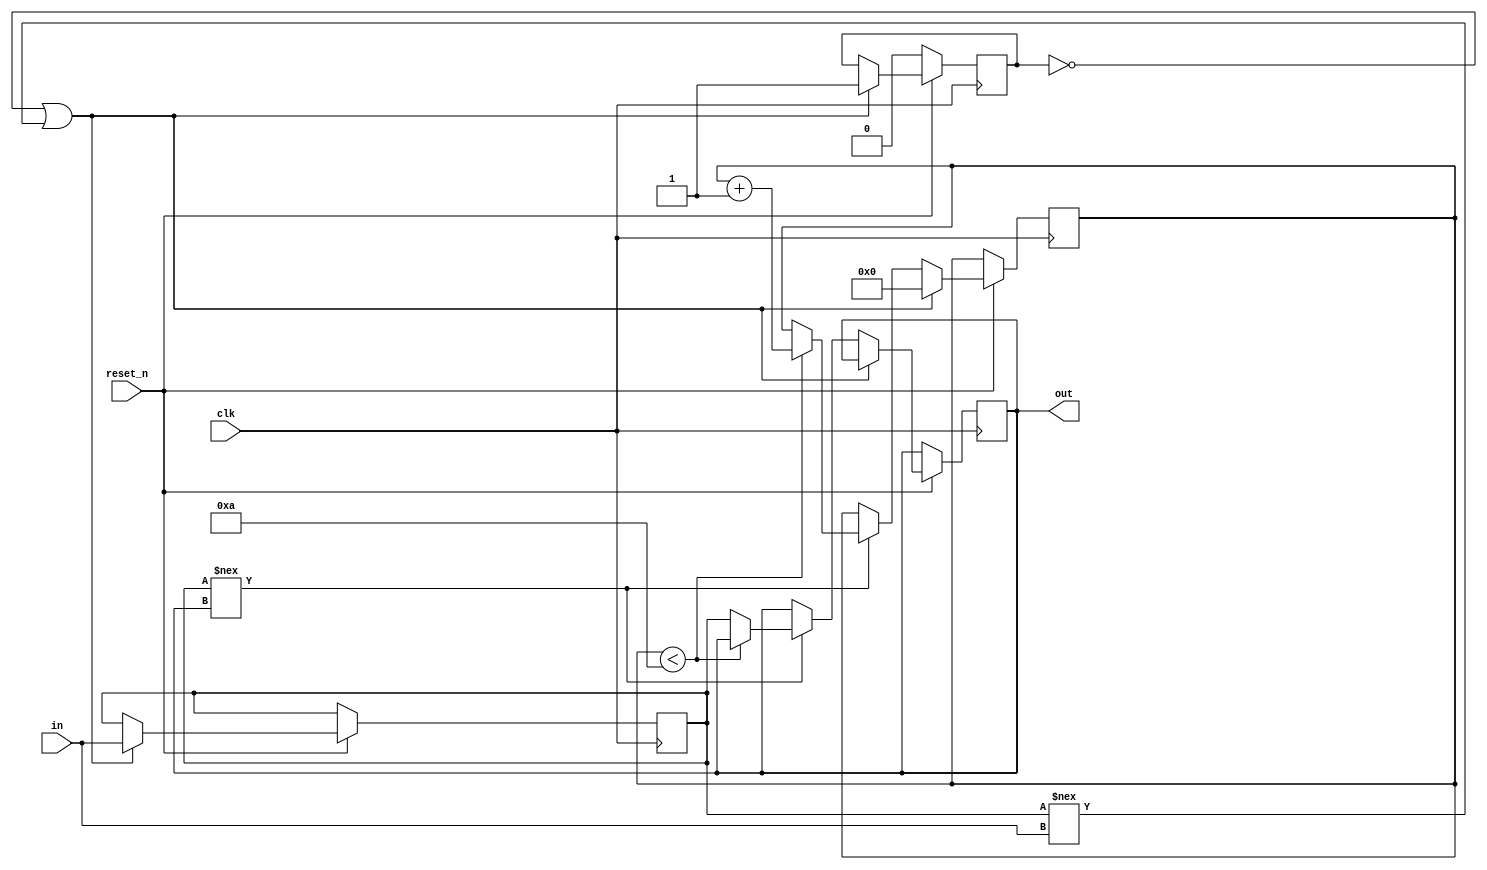
`timescale 1ns / 1ps
module debounce #(
    parameter CNT = 10
)(
    input  clk,
    input  reset_n,
    input  in,
    output reg out
);
    reg init = 0, stat;
    reg [$clog2(CNT):0] cnt;
    always @(posedge clk) begin
        if (~reset_n) begin
            init <= 0;
        end else begin
            if (init == 0 || stat !== in) begin
                init <= 1;
                stat <= in;
                cnt <= 0;
            end else if (stat !== out) begin
                if (cnt < CNT)
                    cnt <= cnt+1;
                else
                    out <= stat;
            end
        end
    end
endmodule